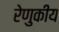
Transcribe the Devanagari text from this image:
रेणुकीय